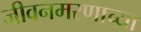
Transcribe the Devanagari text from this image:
जीवनमरणाच्या